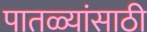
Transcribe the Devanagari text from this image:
पातळ्यांसाठी